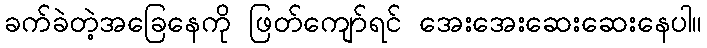
ခက်ခဲတဲ့အခြေနေကို ဖြတ်ကျော်ရင် အေးအေးဆေးဆေးနေပါ။